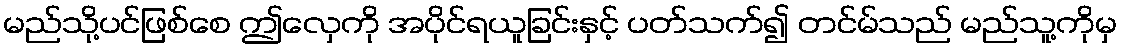
မည်သို့ပင်ဖြစ်စေ ဤလှေကို အပိုင်ရယူခြင်းနှင့် ပတ်သက်၍ တင်မ်သည် မည်သူ့ကိုမှ